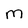
Character: M